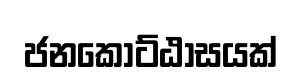
ජනකොට්ඨාසයක්